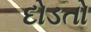
દોડતો